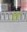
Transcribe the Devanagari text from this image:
एेंटी